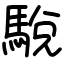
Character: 駾